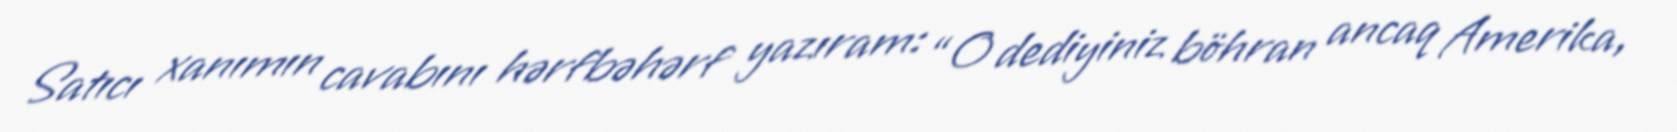
Satıcı xanımın cavabını hərfbəhərf yazıram: “O dediyiniz böhran ancaq Amerika,